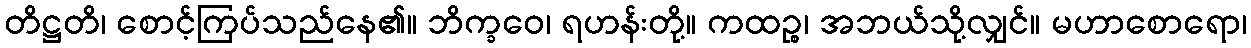
တိဋ္ဌတိ၊ စောင့်ကြပ်သည်နေ၏။ ဘိက္ခဝေ၊ ရဟန်းတို့။ ကထဉ္စ၊ အဘယ်သို့လျှင်။ မဟာစောရော၊